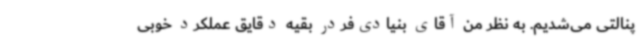
پنالتی می‌شدیم. به نظر من آقای بنیادی‌فردر بقیه دقایق عملکرد خوبی